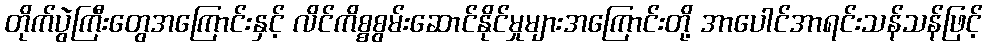
တိုက်ပွဲကြီးတွေအကြောင်းနှင့် လိင်ကိစ္စစွမ်းဆောင်နိုင်မှုများအကြောင်းတို့ အာပေါင်အာရင်းသန်သန်ဖြင့်